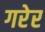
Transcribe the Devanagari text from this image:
गरेर